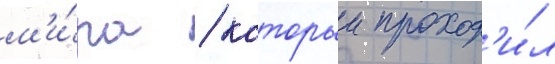
м'и́ра / которыи проход'и́л